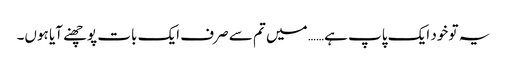
یہ تو خود ایک پاپ ہے…… میں تم سے صرف ایک بات پوچھنے آیا ہوں۔